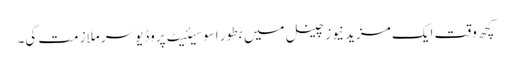
کچھ وقت ایک مزید نیوز چینل میں بطور اسوسیئیٹ پروڈیوسر ملازمت کی۔